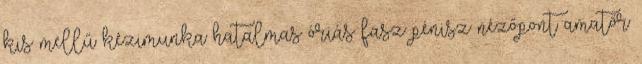
kis mellű kézimunka hatalmas óriás fasz pénisz nézőpont amatőr